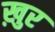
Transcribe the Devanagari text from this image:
ख़ुर